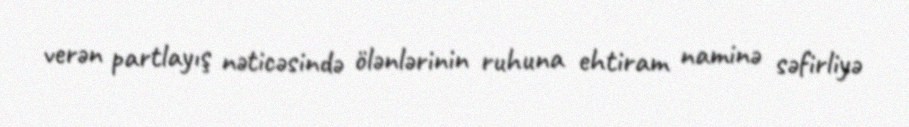
verən partlayış nəticəsində ölənlərinin ruhuna ehtiram naminə səfirliyə